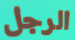
الرجل